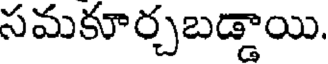
సమకూర్చబడ్డాయి.